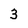
Character: 3